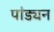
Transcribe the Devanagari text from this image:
पांड्यन